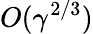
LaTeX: O(\gamma^{2/3})